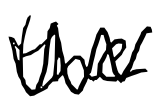
Text: the
Cross-out: zig-zag
Writing tool: digital_black